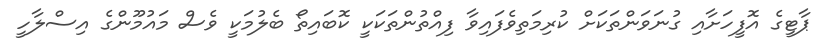
ޕާޓީގެ އޮފީހަށާއި ގުނަވަންތަކަށް ކުރިމަތިވެފައިވާ ފިއްތުންތަކަކީ ކޮބައިތޯ ބެލުމަކީ ވެސް މައުމޫންގެ އިސްލާހީ